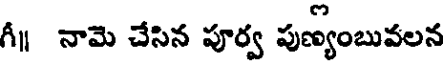
గీ నామె చేసిన పూర్వ పుణ్యంబువలన